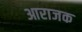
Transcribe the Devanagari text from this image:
आराजक